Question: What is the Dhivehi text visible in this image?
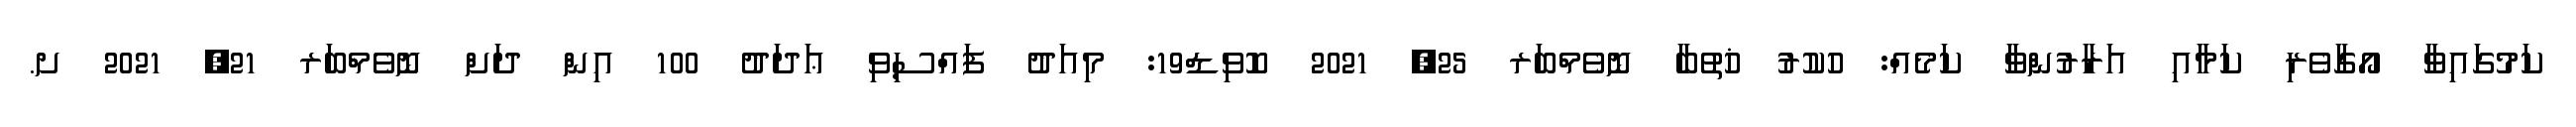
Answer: ކަމުގައިވާ އޯގާވެރި ކަމާއި އަރާރުންވާ ކަމެއް: ހުކުރު ޚުތުބާ ނޮވެމްބަރ 25, 2021 ކޮވިޑް19: މިއަދު ފައްސިވި ޢަދަދު 100 އިން ދަށް ނޮވެމްބަރ 21, 2021 ށ.